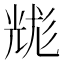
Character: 𰃐